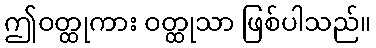
ဤဝတ္ထုကား ဝတ္ထုသာ ဖြစ်ပါသည်။